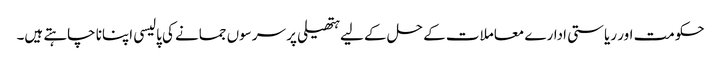
حکومت اور ریاستی ادارے معاملات کے حل کے لیے ہتھیلی پر سرسوں جمانے کی پالیسی اپنانا چاہتے ہیں۔